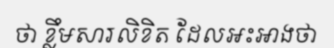
ថា ខ្លឹមសារលិខិត ដែលអះអាងថា